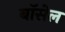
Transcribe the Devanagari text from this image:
बॉसेल